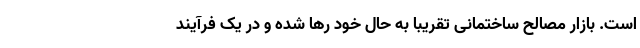
است. بازار مصالح ساختمانی تقریبا به حال خود رها شده و در یک فرآیند